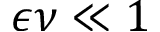
\epsilon \nu \ll 1